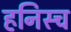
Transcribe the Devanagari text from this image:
हनिस्च